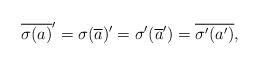
LaTeX: \begin{align*}\overline{\sigma(a)}'=\sigma(\overline{a})'=\sigma'(\overline{a}')=\overline{\sigma'(a')},\end{align*}